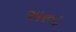
અરૂઢ